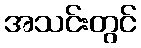
အသင်းတွင်